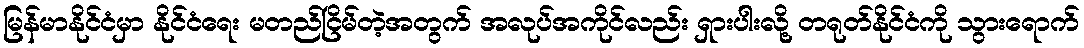
မြန်မာနိုင်ငံမှာ နိုင်ငံရေး မတည်ငြိမ်တဲ့အတွက် အလုပ်အကိုင်လည်း ရှားပါးလို့ တရုတ်နိုင်ငံကို သွားရောက်